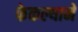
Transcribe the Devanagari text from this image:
फेकल्याने